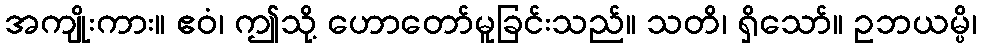
အကျိုးကား။ ဧဝံ၊ ဤသို့ ဟောတော်မူခြင်းသည်။ သတိ၊ ရှိသော်။ ဥဘယမ္ပိ၊